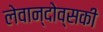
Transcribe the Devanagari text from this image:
लेवान्दोव्सकी